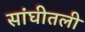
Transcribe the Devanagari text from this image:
सांघीतली